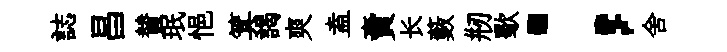
誌昌賛珉悒箕謁爽盍賣长藪剏歜；舍